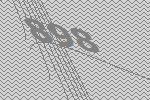
898